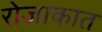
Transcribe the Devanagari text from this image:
रोजाकात